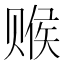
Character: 𬥽